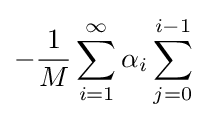
-{\frac {1}{M}}\sum _{i=1}^{\infty }\alpha _{i}\sum _{j=0}^{i-1}